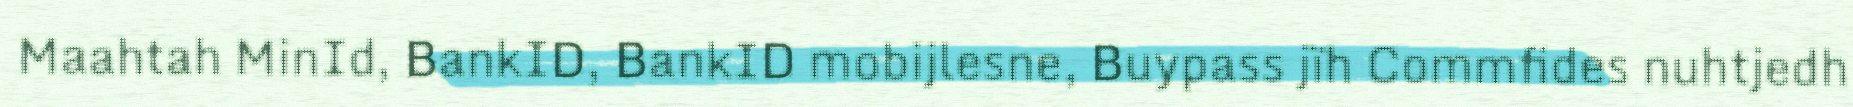
Maahtah MinId, BankID, BankID mobijlesne, Buypass jïh Commfides nuhtjedh